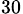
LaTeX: _{30}